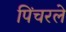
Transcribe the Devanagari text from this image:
पिंचरले